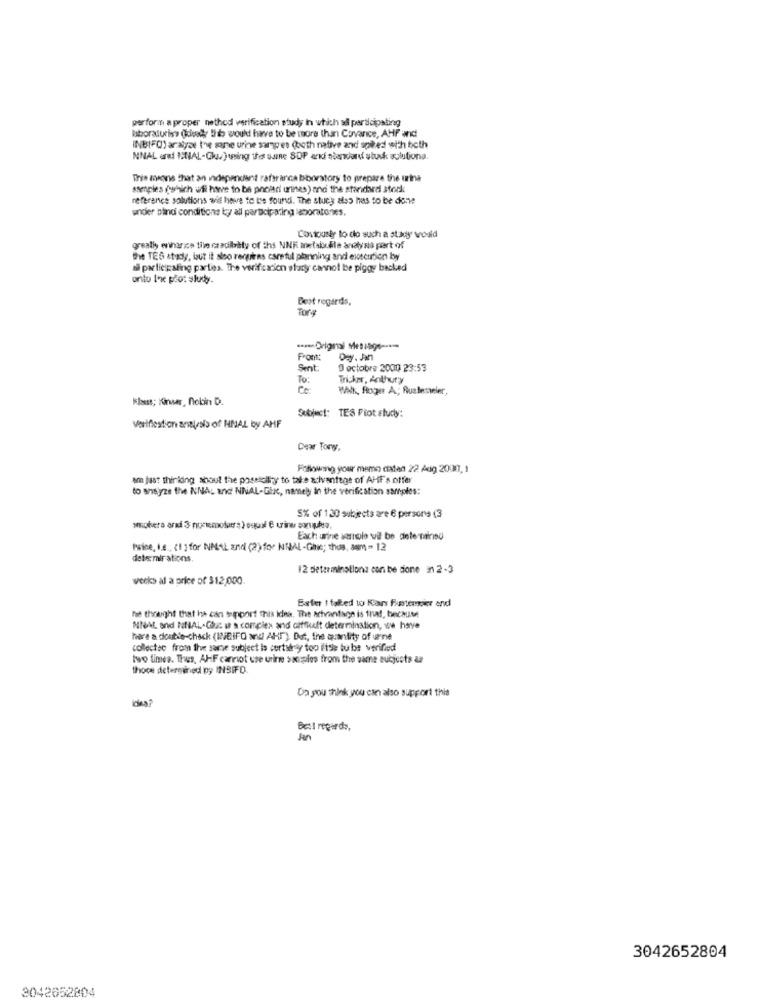
perform a proper nethod verification study In which så participating
laboraturisy (diesd Ihe would have to be more than Covance, AHF and
INBIFO) analyse Ine gone urine samp es (outh native and spiled with both
NNAL and HNAL-Gluv)tning the sune 80P and atanwand stuck solutiona.
This ayons that an independent raftrarca bboratory to prepare the urine
samples (which ufi have to be pholtdi urnes) and the standard stock
reference solutions wit here to be found. The stuey also has to be done
under bindi conditions ky all participating laboratones.
Costouser to do such a stay would
greatly ennarze tim credibility of the NNK metabelle analysis part of
the TES study, but it also requires careful planning and execution boy
al participating parties. The verification stury cannot be piggy backed
onto the plot sludy.
Best regards,
Torg
From:
Sent:
0 octobre 2000 23:53
To:
Tricker, Anthury
Ce
Walk, floger A; Rusteseler,
Subject: TES Piot study:
Verifiestion analysis of HNAL by AHF
Dew Tory,
Follounng your memo daten 22 Aug 2000, 1
am just thinking shout the possiciliy to take advantage of AHFs offer
to analyze the NNAL and NNAL-Gic, namely In the verification sarroles:
5% of 130 subjects are 6 persona (3
smokers and 3 nurmolutra ) equof & uriner sonubra.
Each urine samolo wil be dete Tansu
twice, i.e. (1 ] for NNAL znl (2) for NSAL-Ghis; thus, aum - 12
deter mir ations.
12 determinations con be dione 3 2-3
weeks al a price of $12,000.
Exter I talked to Rias Fustersier end
he thought that he can support This Idea. The Artvantage is that, because
MNAL and NNAL-Chuc it a complex and offfift determination, we have
here a double-check (WEIF"O anul AHI") Dot, the quantity of urine
collectse from five same subject is certsfrey too itsle bu be verified
two times. Thus, AHF cannot use urine sangoles from the same eucjusts a
thoce determined by INSIFQ.
Da you think you can also support this
Best regards,
Jan
3042652804
3042652804